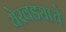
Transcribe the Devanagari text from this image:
येरवड्याचे